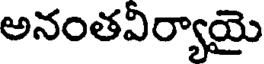
అనంతవిర్యాయై